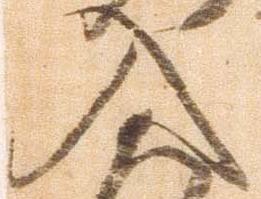
入